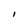
Character: I